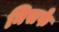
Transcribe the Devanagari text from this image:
निसफे